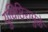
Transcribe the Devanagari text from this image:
युधिष्ठिरामुळे